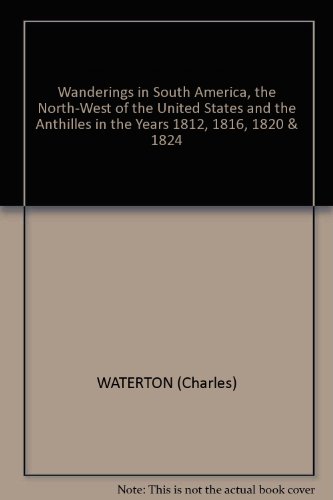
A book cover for Wanderings in South America, the North-west of the United States and the Antilles,: In the years 1812, 1816, 1820, & 1824; Charles Waterton; Travel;